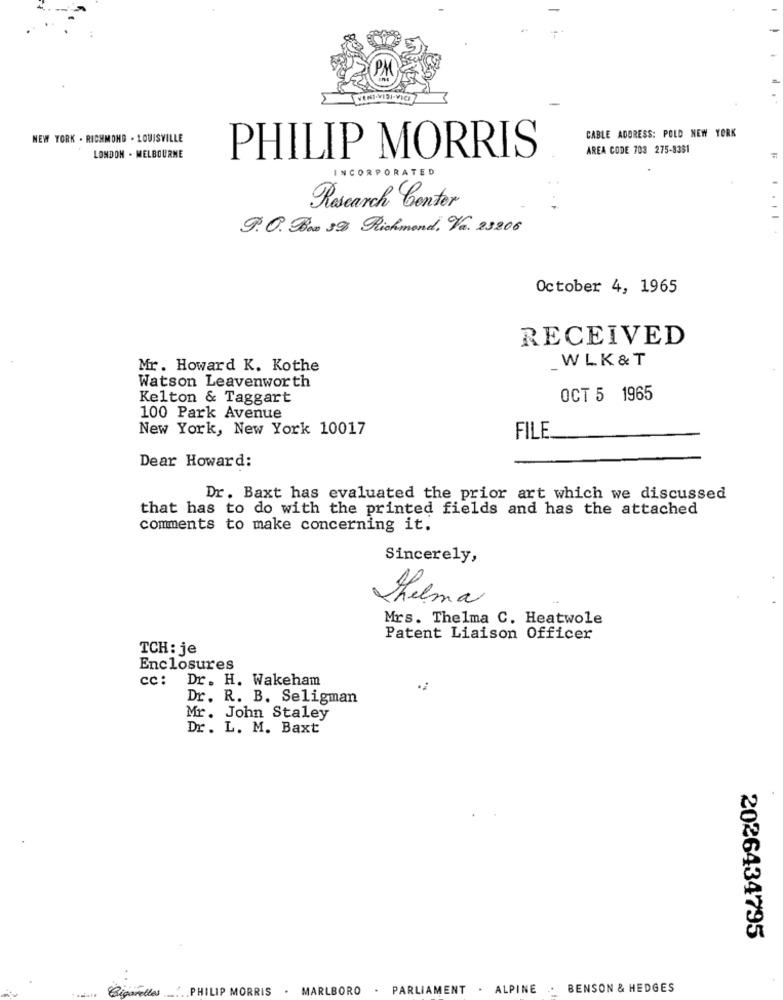
CABLE ADDRESS: POLD NEW YORK
NEW YORK . RICHMOND . LOUISVILLE
AREA CODE 703 275-8381
LONDON . MELBOURNE
PHILIP MORRIS
INCORPORATED
Research Center
9. O. Box 39 Richmond, Va. 23206
October 4, 1965
RECEIVED
WLK&T
Mr. Howard K. Kothe
Watson Leavenworth
Kelton & Taggart
OCT 5 1965
100 Park Avenue
New York, New York 10017
FILE
Dear Howard:
Dr. Baxt has evaluated the prior art which we discussed
that has to do with the printed fields and has the attached
comments to make concerning it.
Sincerely,
Thelma
Mrs. Thelma C. Heatwole
Patent Liaison Officer
TCH: je
Enclosures
cc: Dr. H. Wakeham
Dr. R. B. Seligman
Mr. John Staley
Dr. L. M. Baxt
2026434795
PHILIP MORRIS
. MARLBORO
PARLIAMENT . ALPINE
BENSON & HEDGES